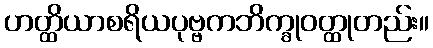
ဟတ္ထိယာစရိယပုဗ္ဗကဘိက္ခုဝတ္ထုတည်း။